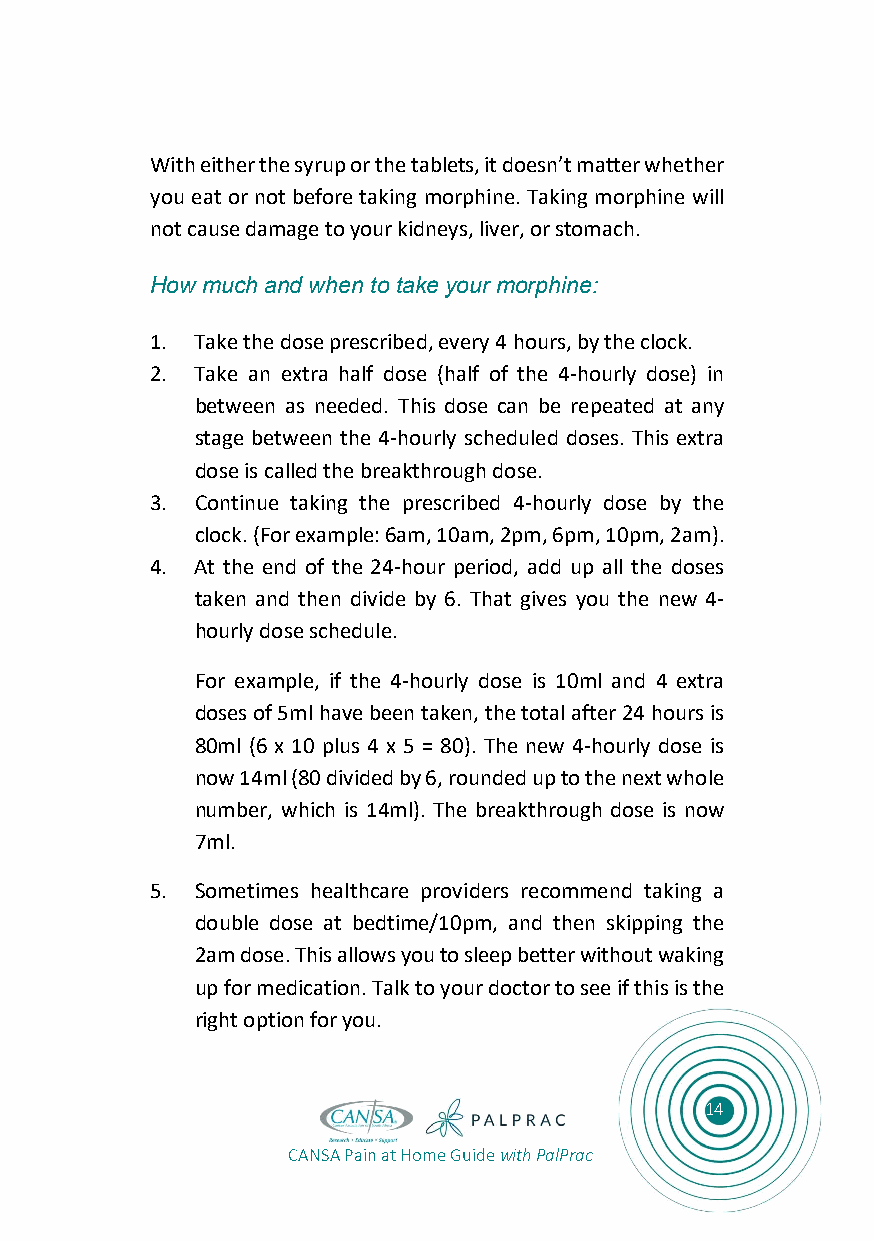
With either the syrup or the tablets, it doesn’t matter whether
 you eat or not before taking morphine. Taking morphine will
 not cause damage to your kidneys, liver, or stomach.
 How much and when to take your morphine:
 1. Take the dose prescribed, every 4 hours, by the clock.
 2. Take an extra half dose (half of the 4-hourly dose) in
 between as needed. This dose can be repeated at any
 stage between the 4-hourly scheduled doses. This extra
 dose is called the breakthrough dose.
 3. Continue taking the prescribed 4-hourly dose by the
 clock. (For example: 6am, 10am, 2pm, 6pm, 10pm, 2am).
 4. At the end of the 24-hour period, add up all the doses
 taken and then divide by 6. That gives you the new 4-
 hourly dose schedule.
 For example, if the 4-hourly dose is 10ml and 4 extra
 doses of 5ml have been taken, the total after 24 hours is
 80ml (6 x 10 plus 4 x 5 = 80). The new 4-hourly dose is
 now 14ml (80 divided by 6, rounded up to the next whole
 number, which is 14ml). The breakthrough dose is now
 7ml.
 5. Sometimes healthcare providers recommend taking a
 double dose at bedtime/10pm, and then skipping the
 2am dose. This allows you to sleep better without waking
 up for medication. Talk to your doctor to see if this is the
 right option for you.
 14
 CANSA Pain at Home Guide with PalPrac